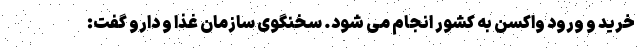
خرید و ورود واکسن به کشور انجام می شود. سخنگوی سازمان غذا و دارو گفت: